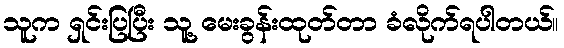
သူက ရှင်းပြပြီး သူ့ မေးခွန်းထုတ်တာ ခံလိုက်ရပါတယ်။